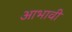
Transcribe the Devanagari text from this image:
आभावी